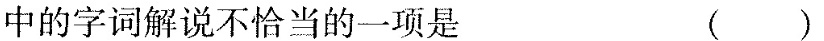
中的字词解说不恰当的一项是 （ ）